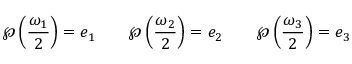
\wp \left( { \frac { \omega _ { 1 } } { 2 } } \right) = e _ { 1 } \qquad \wp \left( { \frac { \omega _ { 2 } } { 2 } } \right) = e _ { 2 } \qquad \wp \left( { \frac { \omega _ { 3 } } { 2 } } \right) = e _ { 3 }